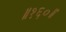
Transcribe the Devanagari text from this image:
॥१६०॥